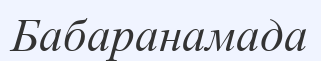
Бабаранамада